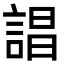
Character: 誯